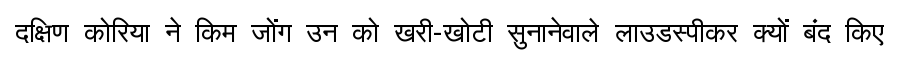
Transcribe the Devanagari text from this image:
दक्षिण कोरिया ने किम जोंग उन को खरी-खोटी सुनानेवाले लाउडस्पीकर क्यों बंद किए